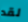
لقد